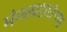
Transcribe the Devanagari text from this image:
मंगलाष्टकांच्या